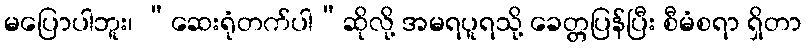
မပြောပါဘူး၊ “ဆေးရုံတက်ပါ”ဆိုလို့ အမရပူရသို့ ခေတ္တပြန်ပြီး စီမံစရာ ရှိတာ